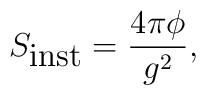
S_{\hbox {inst}} = \frac {4\pi \phi}{g^2},